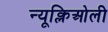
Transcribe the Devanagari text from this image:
न्यूक्लिओली